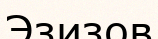
Эзизов